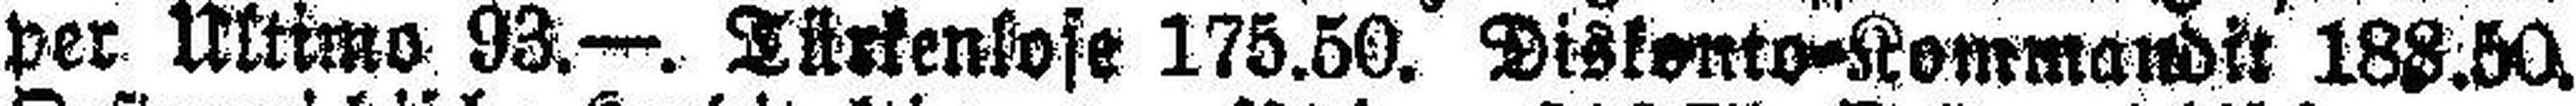
per Ultimo 93.—. Türkenlose 175.50. Diskonto=Kommandit 188.50.